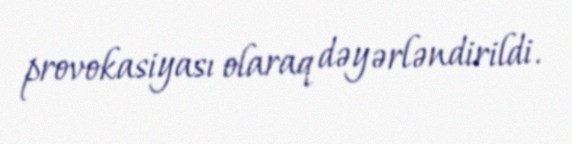
provokasiyası olaraq dəyərləndirildi.